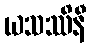
ယသဿိနီ